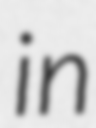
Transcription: in